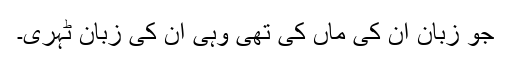
جو زبان ان کی ماں کی تھی وہی ان کی زبان ٹہری۔